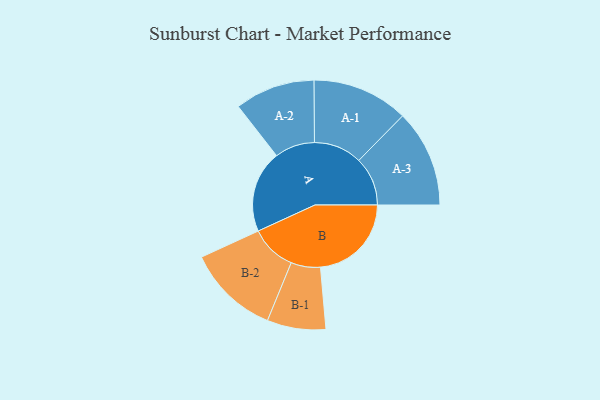
{"axis": {"x": "Segment", "y": "Value"}, "legend": ["", "A", "B"], "data": [{"x": "A", "y": 428, "type": ""}, {"x": "B", "y": 474, "type": ""}, {"x": "A-1", "y": 251, "type": "A"}, {"x": "A-2", "y": 209, "type": "A"}, {"x": "A-3", "y": 254, "type": "A"}, {"x": "B-1", "y": 153, "type": "B"}, {"x": "B-2", "y": 240, "type": "B"}]}